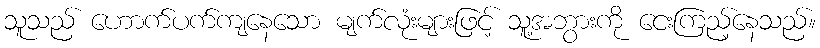
သူသည် ဟောက်ပက်ကျနေသော မျက်လုံးများဖြင့် သူ့အဘွားကို ငေးကြည့်နေသည်။